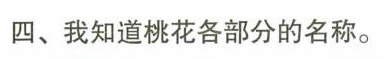
四、我知道桃花各部分的名称。